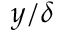
y / \delta